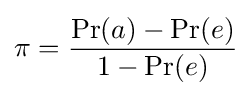
\pi ={\frac {\Pr(a)-\Pr(e)}{1-\Pr(e)}}